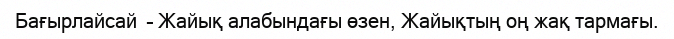
Бағырлайсай  – Жайық алабындағы өзен, Жайықтың оң жақ тармағы.